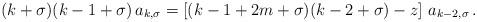
LaTeX: \begin{align*}(k+\sigma)(k-1+\sigma)\,a_{k,\sigma}= \left[(k-1+2m+\sigma)(k-2+\sigma)-z\right]\,a_{k-2,\sigma}\,. \\\end{align*}